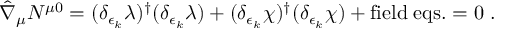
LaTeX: \hat { \nabla } _ { \mu } N ^ { \mu 0 } = ( { \delta _ { \epsilon _ { k } } \lambda } ) ^ { \dagger } ( \delta _ { \epsilon _ { k } } \lambda ) + ( { \delta _ { \epsilon _ { k } } \chi } ) ^ { \dagger } ( \delta _ { \epsilon _ { k } } \chi ) + \mathrm { f i e l d \; e q s . } = 0 \ .